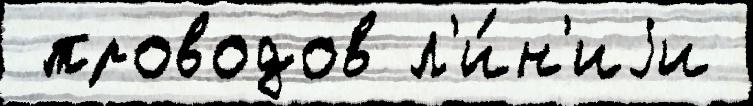
 проводов л'и́н'иjи